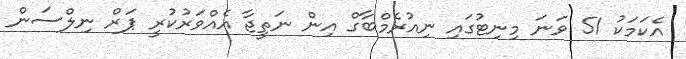
އެކަމަކު 51 ވަނަ މިނިޓުގައި ނިއުރެމްބާގް އިން ނަތީޖާ އެއްވަރުކުރީ ޕަރް ނިލްސަން